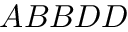
A B B D D